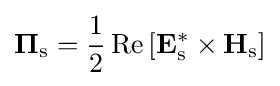
\mathbf {\Pi } _{\text{s}}={\frac {1}{2}}\operatorname {Re} \left[\mathbf {E} _{\text{s}}^{*}\times \mathbf {H} _{\text{s}}\right]